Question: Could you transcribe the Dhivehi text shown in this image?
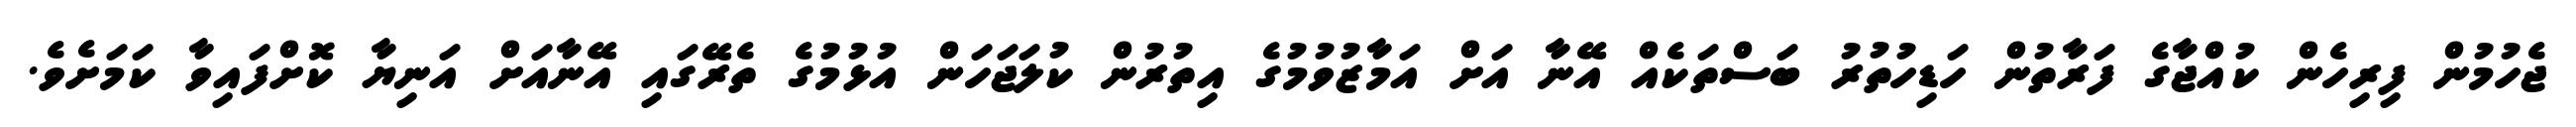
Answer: ޖެހުމުން ފިރިހެން ކުއްޖާގެ ފަރާތުން ހަޑިހުތުރު ބަސްތަކެއް އޭނާ އަށް އަމާޒުވުމުގެ އިތުރުން ކުލަޖަހަން އުޅުމުގެ ތެރޭގައި އޭނާއަށް އަނިޔާ ކޮށްފައިވާ ކަމަށެވެ.